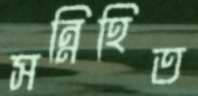
সন্নিহিত